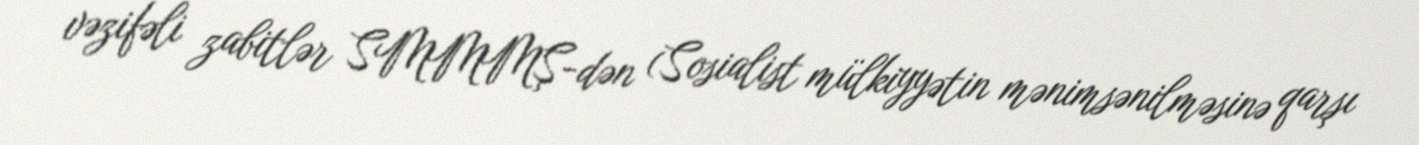
vəzifəli zabitlər SMMMŞ-dən (Sosialist mülkiyyətin mənimsənilməsinə qarşı